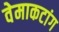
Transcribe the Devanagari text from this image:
वेमाकटांग